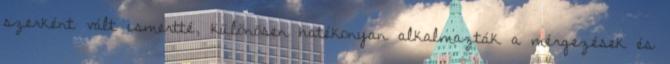
szerként vált ismertté, különösen hatékonyan alkalmazták a mérgezések és